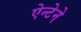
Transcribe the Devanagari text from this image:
ऐन्टेने